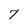
Character: 7